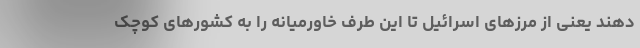
دهند یعنی از مرزهای اسرائیل تا این طرف خاورمیانه را به کشورهای کوچک